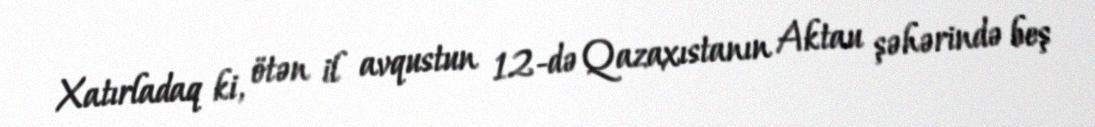
Xatırladaq ki, ötən il avqustun 12-də Qazaxıstanın Aktau şəhərində beş